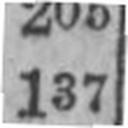
137